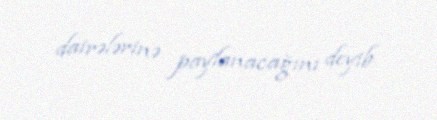
dairələrinə paylanacağını deyib.